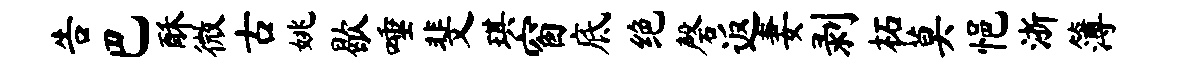
告巴酥微古姚歇唾斐琪窗底绝磬返妻剥柘莫悒浙簿